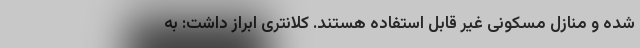
شده و منازل مسکونی غیر قابل استفاده هستند. کلانتری ابراز داشت: به